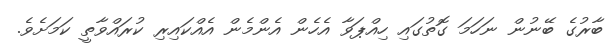
ބާރުގެ ބޭނުން ނަހަމަ ގޮތުގައި ހިއްޕަވާ އެހެން އެންމެން އެއްކައިރި ކުރައްވާތީ ކަމަށެވެ.